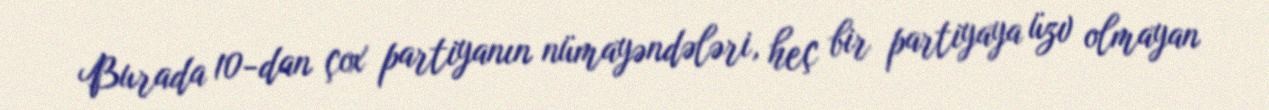
Burada 10-dan çox partiyanın nümayəndələri, heç bir partiyaya üzv olmayan